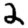
Digit: 2